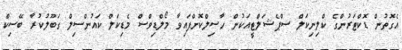
އެގޮތުން ޑޮކްޓަރުންގެ ކްލިނިކަލް ސްޕެޝަލްޓީއަކުން ހާސިލްކޮށްފައިވާ މޯލްޑިވްސް މެޑިކަލް ކައުންސިލް ގަބޫލުކުރާ ބޭސިކް